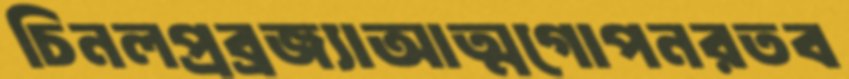
চিনলপ্রব্রজ্যাআত্মগোপনরতব